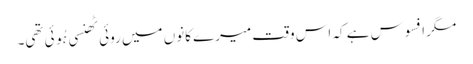
مگر افسوس ہے کہ اس وقت میرے کانوں میں روئی ٹھنسی ہُوئی تھی۔